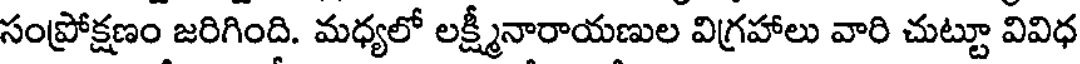
సంప్రోక్షణం జరిగింది. మధ్యలో లక్ష్మీనారాయణుల విగ్రహాలు వారి చుట్టూ వివిధ